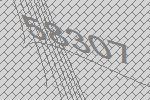
58307